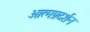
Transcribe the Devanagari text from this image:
आत्मप्रदर्शन